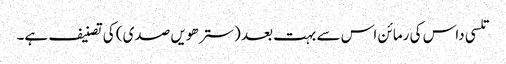
تلسی داس کی رمائن اس سے بہت بعد (سترھویں صدی) کی تصنیف ہے۔